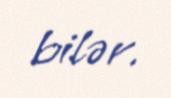
bilər.